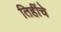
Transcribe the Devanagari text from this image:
तिहींचे